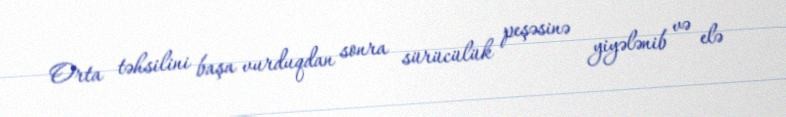
Orta təhsilini başa vurduqdan sonra sürücülük peşəsinə yiyələnib və elə